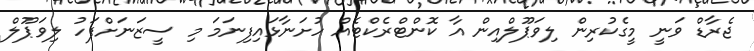
ޖެރާޑް ވަނީ މީގެކުރިން ލިވަޕޫލްއިން އާ ކޮންޓްރެކްޓެއް ހުށަނާޅައިފިނަމަ މި ސީޒަނަށްފަހު ލިވަޕޫލް